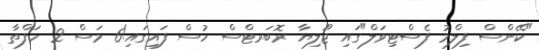
"ކޭންސް ފިލްމު ފެސްޓިވަލް"ގައި ޖޫލިޔާ ރޮބަރޓްސް ހުސް ފައިގައި!6 މަސް 2 ހަފްތާ